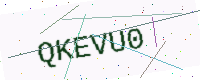
Text: QKEVU0